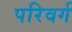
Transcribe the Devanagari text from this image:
परिवर्ग